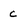
Character: c